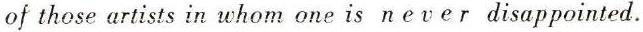
of those artists in whom one is n e v e r disappointed.